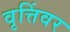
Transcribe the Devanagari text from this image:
वृत्तिंवर